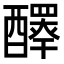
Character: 𨣠